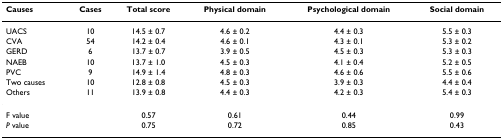
| Causes | Cases | Total score | Physical domain | Psychological domain | Social domain |
 | --- | --- | --- | --- | --- | --- |
 | UACS | 10 | 14.5 ± 0.7 | 4.6 ± 0.2 | 4.4 ± 0.3 | 5.5 ± 0.3 |
 | CVA | 54 | 14.2 ± 0.4 | 4.6 ± 0.1 | 4.3 ± 0.1 | 5.3 ± 0.2 |
 | GERD | 6 | 13.7 ± 0.7 | 3.9 ± 0.5 | 4.5 ± 0.3 | 5.3 ± 0.3 |
 | NAEB | 10 | 13.7 ± 1.0 | 4.5 ± 0.3 | 4.1 ± 0.4 | 5.2 ± 0.5 |
 | PVC | 9 | 14.9 ± 1.4 | 4.8 ± 0.3 | 4.6 ± 0.6 | 5.5 ± 0.6 |
 | Two causes | 10 | 12.8 ± 0.8 | 4.5 ± 0.3 | 3.9 ± 0.3 | 4.4 ± 0.4 |
 | Others | 11 | 13.9 ± 0.8 | 4.4 ± 0.3 | 4.2 ± 0.3 | 5.4 ± 0.3 |
 | F value |  | 0.57 | 0.61 | 0.44 | 0.99 |
 | P value |  | 0.75 | 0.72 | 0.85 | 0.43 |